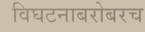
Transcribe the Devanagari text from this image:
विघटनाबरोबरच